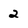
Character: 2